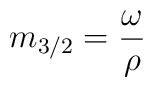
m_{3/2}=\frac{\omega}{\rho}